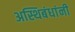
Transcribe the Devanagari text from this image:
अस्थिबंधांनी